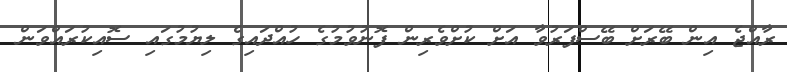
ރާއްޖެ އިން ބޭރަށް ބޭސްފަރުވާ އަށް ކުށްވެރިން ފޮނުވުމުގެ ހުއްދައިގެ ލިޔުމުގައި ސޮއިކުރައްވަން